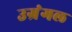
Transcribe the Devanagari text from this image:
उग्रंंगल